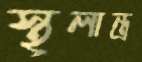
স্থূলান্ত্র